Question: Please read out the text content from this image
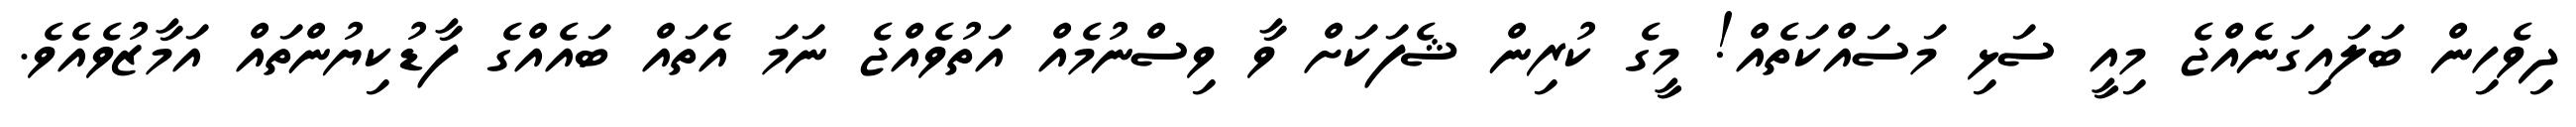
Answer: ދިވެހިން ބަލައިގަނެއްޖެ މިއީ ސަޅި މަސައްކަތެއް! މީގެ ކުރިން ޝެފަކަށް ވާ ވިސްނުމެއް އަތުވެއްޖެ ނަމަ އެތައް ބައެއްގެ ފާޑުކިޔުންތައް އަމާޒުވެއެވެ.